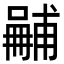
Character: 𠿽